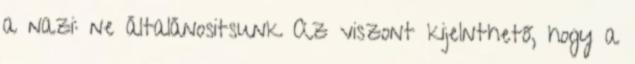
a nazi: ne általánositsunk Az viszont kijelnthető, hogy a